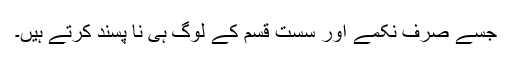
جسے صرف نکمے اور سست قسم کے لوگ ہی نا پسند کرتے ہیں۔